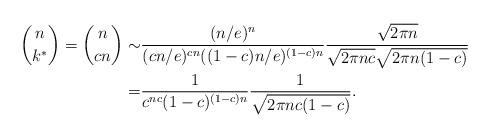
LaTeX: \begin{align*}\binom{n}{k^*}=\binom{n}{cn} \sim & \frac{(n/e)^n}{(cn/e)^{cn} ((1-c)n/e)^{(1-c)n}} \frac{\sqrt{2\pi n}}{\sqrt{2 \pi n c} \sqrt{2 \pi n (1-c)}} \\=& \frac{1}{c^{nc}(1-c)^{(1-c)n}} \frac{1}{\sqrt{2 \pi n c (1-c)}}.\end{align*}